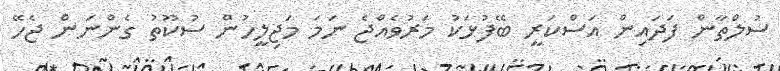
ސުލްތާން ފަދައިން އަސްކަރީ ބޭފުޅަކު މަރުވެއްޖެ ނަމަ މަޖިލީހުން ސުކޫތު ގެންނަން ޖެހޭ